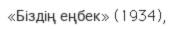
«Біздің еңбек» (1934),